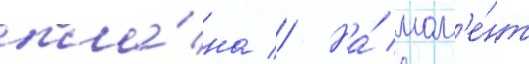
пла́на // На́ мом'е́нт